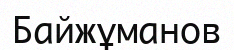
Байжұманов